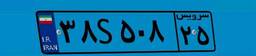
۳۸S۵۰۸۲۵